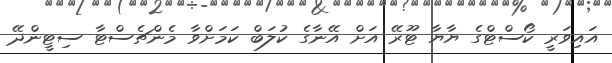
އައިވަރީ ކޯސްޓްގެ ޔާޔާ ޓޫރޭ އަށް އޭނާގެ ކުލަބް ކަމަށްވާ މެންޗެސްޓާ ސިޓީންދޭ